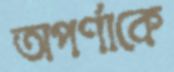
অপর্ণাকে